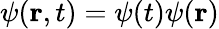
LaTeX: \psi({\mathbf{r}},t)=\psi(t)\psi({\mathbf{r}})